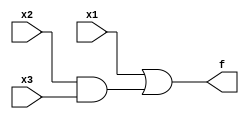
module example1(x1,x2,x3,f);
input x1,x2,x3;
output f;
assign f= x1 | (x2&x3);
endmodule